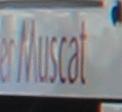
muscat